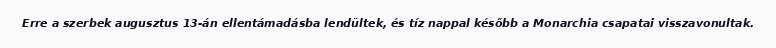
Erre a szerbek augusztus 13-án ellentámadásba lendültek, és tíz nappal később a Monarchia csapatai visszavonultak.